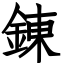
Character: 錬